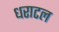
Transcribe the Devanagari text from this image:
धराटल